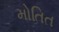
મોતિત